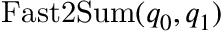
\mathrm { F a s t 2 S u m } ( q _ { 0 } , q _ { 1 } )